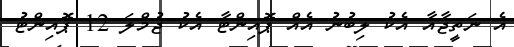
އެ ނަތީޖާއާ އެކު ލިބުނު އެއް ޕޮއިންޓާ އެކު ޖުމްލަ 12 ޕޮއިންޓު